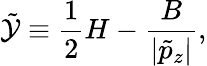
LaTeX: \tilde{\mathcal{Y}}\equiv\frac{1}{2}H-\frac{B}{|\tilde{p}_{z}|},